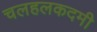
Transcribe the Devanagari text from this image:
चलहलकदमी